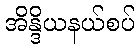
အိန္ဒိယနယ်စပ်